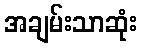
အချမ်းသာဆုံး